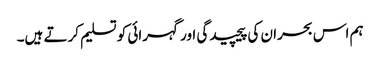
ہم اس بحران کی پیچیدگی اور گہرائی کو تسلیم کرتے ہیں۔